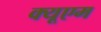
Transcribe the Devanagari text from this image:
क्यूएम